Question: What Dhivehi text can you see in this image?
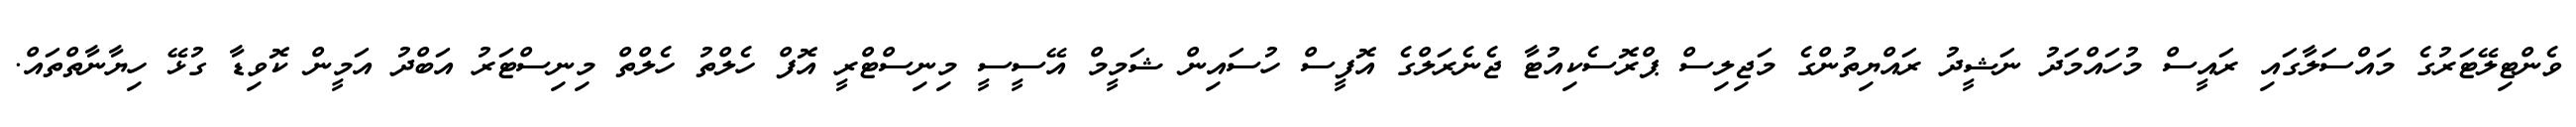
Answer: ވެންޓިލޭޓަރުގެ މައްސަލާގައި ރައީސް މުހައްމަދު ނަޝީދު ރައްޔިތުންގެ މަޖިލިސް ޕްރޮސެކިއުޓާ ޖެނެރަލްގެ އޮފީސް ހުސައިން ޝަމީމް އޭސީސީ މިނިސްޓްރީ އޮފް ހެލްތު ހެލްތް މިނިސްޓަރު އަބްދު އަމީން ކޮވިޑާ ގުޅޭ ހިޔާނާތްތައް.